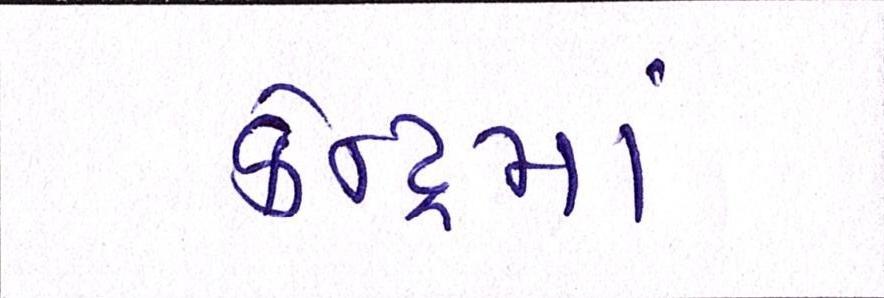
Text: કેન્દ્રમાં